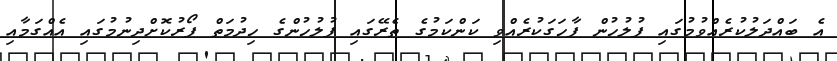
އެ ބައްދަލުކުރެއްވުމުގައި ފުލުހުން ފާހަގަކުރެއްވި ކަންކަމުގެ ތެރޭގައި ފުލުހުންގެ ހިދުމަތް ފޯރުކޮށްދިނުމުގައި އެއްގަމާއި